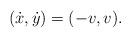
LaTeX: \begin{align*} (\dot x,\dot y) = (-v,v).\end{align*}